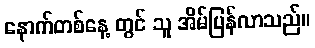
နောက်တစ်နေ့ တွင် သူ အိမ်ပြန်လာသည်။